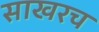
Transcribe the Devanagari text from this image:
साखरच